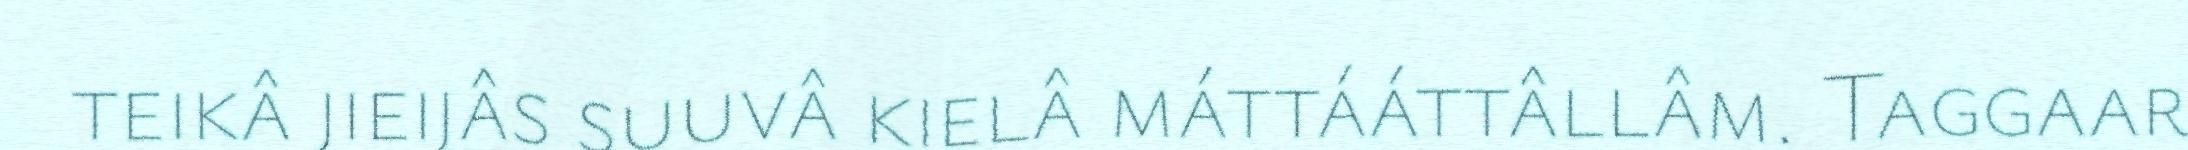
teikâ jieijâs suuvâ kielâ máttááttâllâm. Taggaar